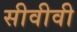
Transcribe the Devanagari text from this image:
सीवीवी